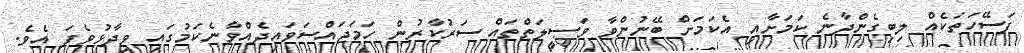
ފަސޭހަތަކެއް ލިބިގެންދާނެ ކަމަށާއި އެކަމަށް ބޭނުންވާ ވަޞީލަތްތައް ސަރުކާރުން ހަމަޖައްސަވައިދެއްވާނެކަމުގައި ވިދާޅުވެފަ އެވެ.